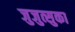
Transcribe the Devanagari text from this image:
जुजुत्सुका